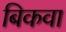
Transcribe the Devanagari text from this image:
बिकवा